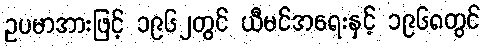
ဥပမာအားဖြင့် ၁၉၆၂တွင် ယီမင်အရေးနှင့် ၁၉၆၈တွင်